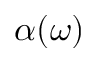
\alpha ( \omega )